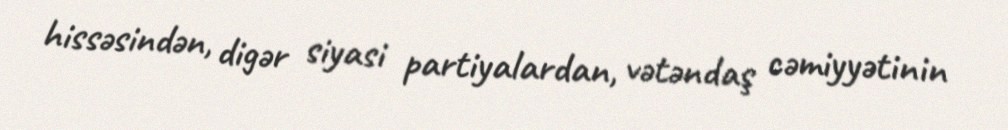
hissəsindən, digər siyasi partiyalardan, vətəndaş cəmiyyətinin